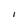
Character: I